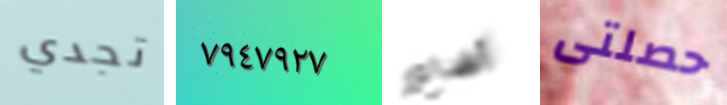
تجدي ٧٩٤٧٩٢٧ أضاع حصلتى